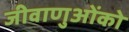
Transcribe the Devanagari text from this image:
जीवाणुओंको